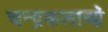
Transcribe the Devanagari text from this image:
चन्द्रकलाओं